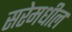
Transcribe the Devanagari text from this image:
सरेमधील